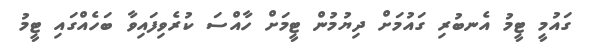
ގައުމީ ޓީމު އެނބުރި ގައުމަށް ދިޔުމުން ޓީމަށް ހާއްސަ ކުރެވިފައިވާ ބަހެއްގައި ޓީމު